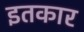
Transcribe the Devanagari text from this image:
इतकार